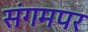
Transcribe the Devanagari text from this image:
संगमपर